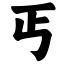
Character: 丐